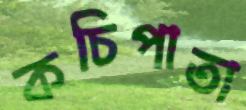
কচিপাতা